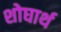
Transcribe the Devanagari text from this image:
शोघार्थ